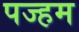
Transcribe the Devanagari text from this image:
पज्हम